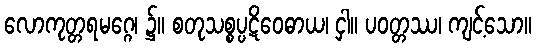
လောကုတ္တရမဂ္ဂေ၊ ၌။ စတုသစ္စပ္ပဋိဝေဓာယ၊ ငှါ။ ပဝတ္တဿ၊ ကျင့်သော။